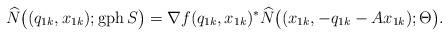
LaTeX: \begin{align*}\widehat N\big((q_{1k},x_{1k});\operatorname{gph}S\big)=\nabla f(q_{1k},x_{1k})^*\widehat N\big((x_{1k},-q_{1k}-A x_{1k});\Theta\big).\end{align*}